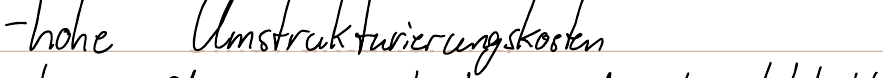
- hohe Umstrukturierungskosten